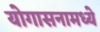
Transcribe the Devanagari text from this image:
योगासनामध्ये